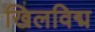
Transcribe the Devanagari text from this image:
खिलविद्म